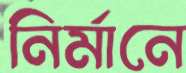
নির্মানে